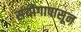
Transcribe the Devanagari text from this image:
संयोगापासून